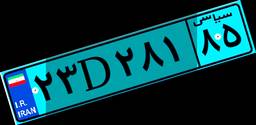
۳۰D۴۲۹۲۲